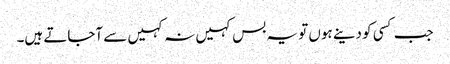
جب کسی کو دینے ہوں تو یہ بس کہیں نہ کہیں سے آجاتے ہیں۔